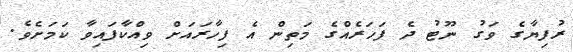
ރުފިޔާގެ ވަގު ނޫޓު ދެ ފަހަރެއްގެ މަތިން އެ ފިހާރައަށް ވިއްކާފައިވާ ކަމަށެވެ.